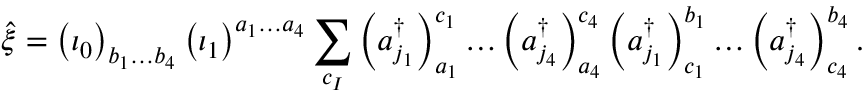
\hat { \xi } = \left( \iota _ { 0 } \right) _ { b _ { 1 } \dots b _ { 4 } } \left( \iota _ { 1 } \right) ^ { a _ { 1 } \dots a _ { 4 } } \sum _ { c _ { I } } \left( a _ { j _ { 1 } } ^ { \dagger } \right) _ { a _ { 1 } } ^ { c _ { 1 } } \dots \left( a _ { j _ { 4 } } ^ { \dagger } \right) _ { a _ { 4 } } ^ { c _ { 4 } } \left( a _ { j _ { 1 } } ^ { \dagger } \right) _ { c _ { 1 } } ^ { b _ { 1 } } \dots \left( a _ { j _ { 4 } } ^ { \dagger } \right) _ { c _ { 4 } } ^ { b _ { 4 } } .